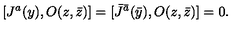
[ J ^ { a } ( y ) , O ( z , \bar { z } ) ] = [ \bar { J } ^ { \bar { a } } ( \bar { y } ) , O ( z , \bar { z } ) ] = 0 .